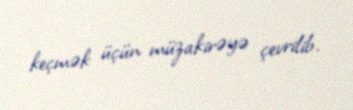
keçmək üçün müzakirəyə çevrilib.